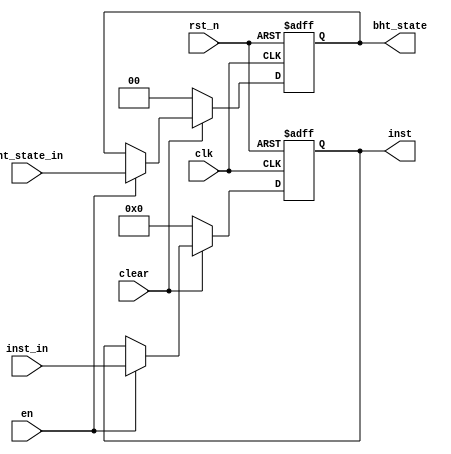
module SynPS1(
    input clk,
    input rst_n,
    input en,       
    input clear,
    input [31:0] inst_in,
    input [1:0] bht_state_in,
    output reg [31:0] inst,
    output reg [1:0] bht_state
);
    always @(posedge clk, negedge rst_n) begin
        if (!rst_n) begin 
            inst <= 0;
            bht_state <= 0;
        end else if(!clear) begin
            inst <= 0;
            bht_state <= 0;
        end else if(en) begin
            inst <= inst_in;
            bht_state <= bht_state_in;
        end
    end
endmodule